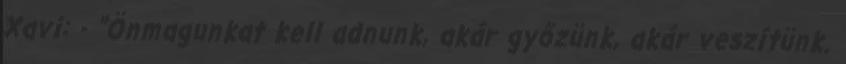
Xavi: - "Önmagunkat kell adnunk, akár győzünk, akár veszítünk.